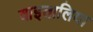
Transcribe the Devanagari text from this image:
वाइतालिया